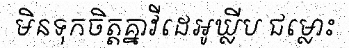
មិនទុកចិត្តគ្នាវីដេអូឃ្លីប ជម្លោះ